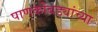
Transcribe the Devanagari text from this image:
पाणकोंबड्यांच्या